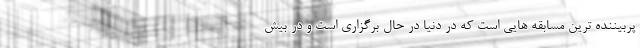
پربیننده ترین مسابقه هایی است که در دنیا در حال برگزاری است و در بیش